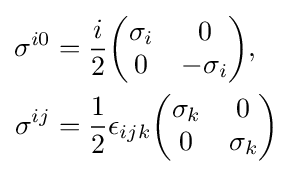
{\begin{aligned}\sigma ^{i0}&={\frac {i}{2}}{\biggl (}{\begin{matrix}\sigma _{i}&0\\0&-\sigma _{i}\\\end{matrix}}{\biggr )},\\\sigma ^{ij}&={\frac {1}{2}}\epsilon _{ijk}{\biggl (}{\begin{matrix}\sigma _{k}&0\\0&\sigma _{k}\\\end{matrix}}{\biggr )}\\\end{aligned}}